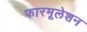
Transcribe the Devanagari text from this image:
फारमूलेशन